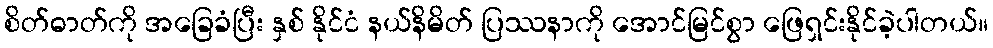
စိတ်ဓာတ်ကို အခြေခံပြီး နှစ် နိုင်ငံ နယ်နိမိတ် ပြဿနာကို အောင်မြင်စွာ ဖြေရှင်းနိုင်ခဲ့ပါတယ်။